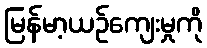
မြန်မာ့ယဉ်ကျေးမှုကို